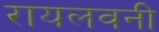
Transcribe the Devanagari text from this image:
रायलवनी